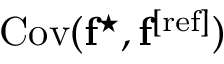
\mathrm { C o v } ( \mathbf { f } ^ { \star } , \mathbf { f } ^ { \mathrm { [ r e f ] } } )